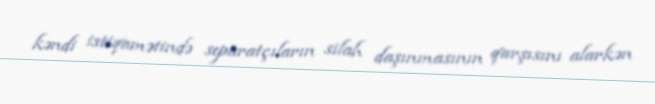
kəndi istiqamətində separatçıların silah daşınmasının qarşısını alarkən